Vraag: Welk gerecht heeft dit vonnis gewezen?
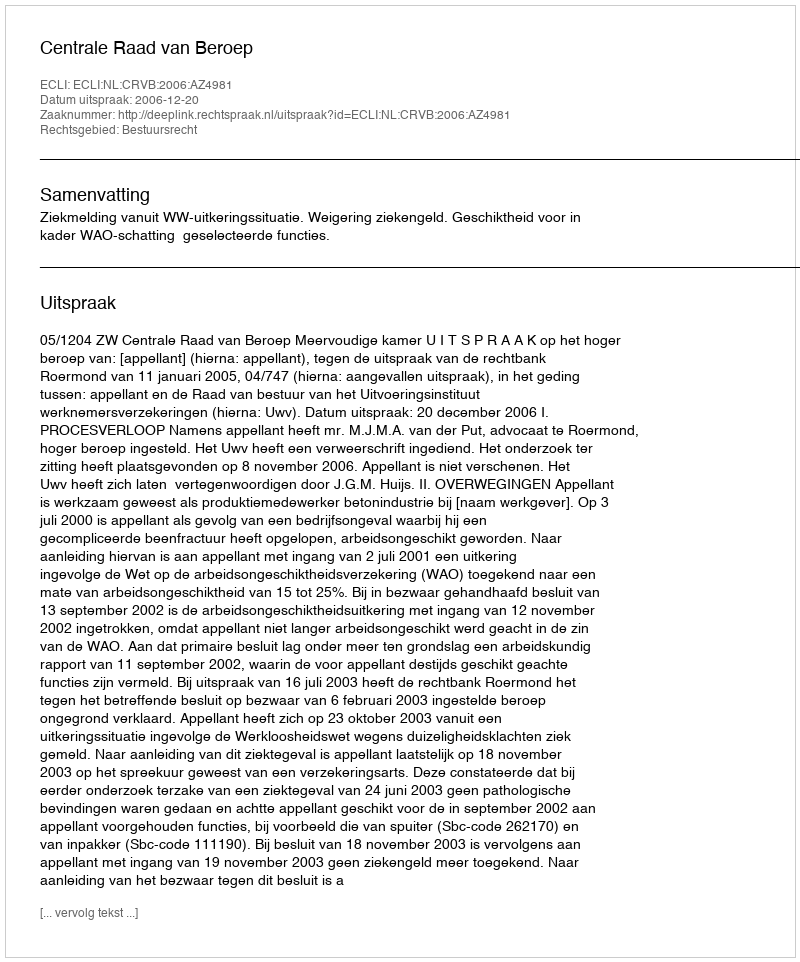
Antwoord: Centrale Raad van Beroep